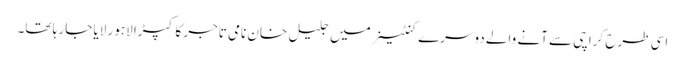
اسی طرح کراچی سے آنے والے دوسرے کنٹینر میں جلیل خان نامی تاجر کا کپڑا لاہور لایا جا رہا تھا۔